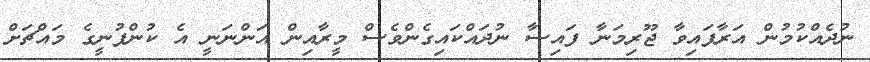
ނުދެއްކުމުން އަރާފައިވާ ޖޫރިމަނާ ފައިސާ ނުދައްކައިގެންވެސް މީރާއިން އަންނަނީ އެ ކުންފުނީގެ މައްޗަަށް